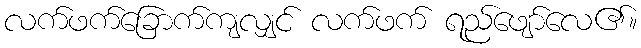
လက်ဖက်ခြောက်ကျလျှင် လက်ဖက် ရည်ဖျော်လေ၏။